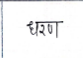
मजकूर: धरण